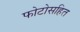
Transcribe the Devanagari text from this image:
फोटोसहित